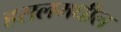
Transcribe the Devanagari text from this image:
हसलमधील